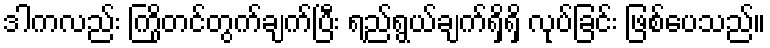
ဒါကလည်း ကြိုတင်တွက်ချက်ပြီး ရည်ရွယ်ချက်ရှိရှိ လုပ်ခြင်း ဖြစ်ပေသည်။